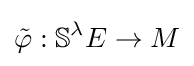
{\tilde {\varphi }}:\mathbb {S} ^{\lambda }E\to M